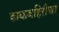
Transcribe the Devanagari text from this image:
ढाकबहिरीचा